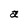
Character: a